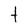
Character: t